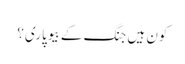
کون ہیں جنگ کے بیوپاری؟